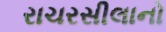
રાચરસીલાનો